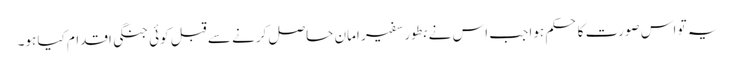
یہ تو اس صورت کا حکم ہوا جب اس نے بطور سفیر امان حاصل کرنے سے قبل کوئی جنگی اقدام کیا ہو۔